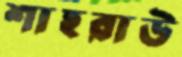
শাহরাউ